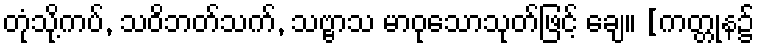
တုံသို့ကပ်, သဝိဘတ်သက်, သဗ္ဗာသ မာဝုသောသုတ်ဖြင့် ချေ။ [ကတ္တုန၌